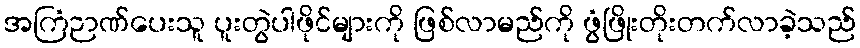
အကြံဉာဏ်ပေးသူ ပူးတွဲပါဖိုင်များကို ဖြစ်လာမည်ကို ဖွံဖြိုးတိုးတက်လာခဲ့သည်